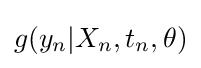
g(y_{n}|X_{n},t_{n},\theta )